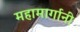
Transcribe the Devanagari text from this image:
महामार्गानी